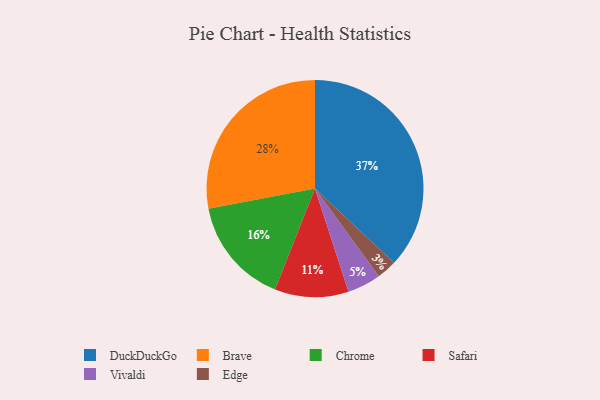
{"axis": {"x": "Category", "y": "Percentage"}, "legend": ["Brave", "Chrome", "DuckDuckGo", "Edge", "Safari", "Vivaldi"], "data": [{"x": "Safari", "y": 11, "type": "Safari"}, {"x": "Chrome", "y": 16, "type": "Chrome"}, {"x": "Edge", "y": 3, "type": "Edge"}, {"x": "Vivaldi", "y": 5, "type": "Vivaldi"}, {"x": "DuckDuckGo", "y": 37, "type": "DuckDuckGo"}, {"x": "Brave", "y": 28, "type": "Brave"}]}